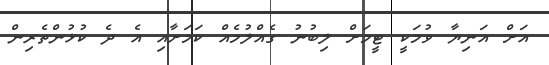
އަށް އަނިޔާ ވުމަކީ ޓީމަށް ލިބުނު ގެއްލުމެއް ކަމަށާއި އެ ދެ ކުޅުންތެރިން